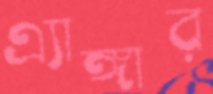
এ্যাঙ্গার